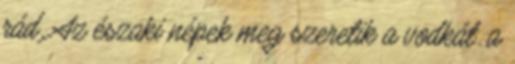
rád. Az északi népek meg szeretik a vodkát. a